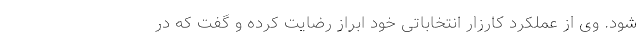
شود. وی از عملکرد کارزار انتخاباتی خود ابراز رضایت کرده و گفت که در